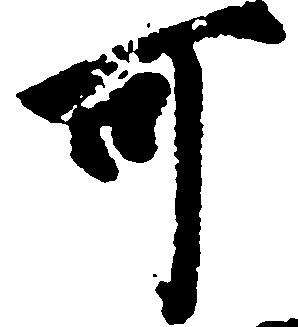
可